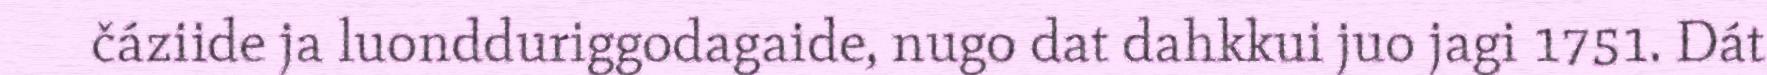
čáziide ja luondduriggodagaide, nugo dat dahkkui juo jagi 1751. Dát